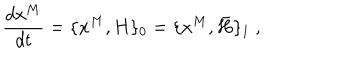
{ \frac { d x ^ { M } } { d t } } = \{ x ^ { M } , H \} _ { 0 } = \{ x ^ { M } , \bar { H } \} _ { 1 } \ ,